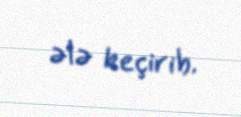
ələ keçirib.